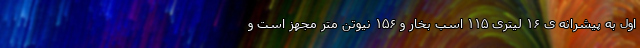
اول به پیشرانه ی ۱۶ لیتری ۱۱۵ اسب بخار و ۱۵۶ نیوتن متر مجهز است و